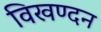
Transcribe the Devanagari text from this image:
विखण्दन